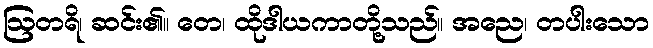
ဩတရိ၊ ဆင်း၏။ တေ၊ ထိုဒါယကာတို့သည်။ အညေ၊ တပါးသော